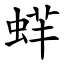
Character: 䖹